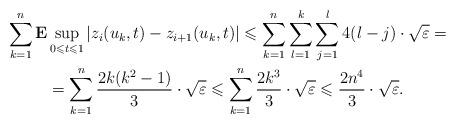
LaTeX: \begin{gather*}\sum_{k=1}^n {\bf E} \sup_{0\leqslant t\leqslant 1} \left|z_i(u_k,t)-z_{i+1}(u_k,t)\right|\leqslant \sum_{k=1}^n \sum_{l=1}^k \sum_{j=1}^l 4(l-j) \cdot \sqrt{\varepsilon}=\\=\sum_{k=1}^n \dfrac{2k(k^2-1)}{3} \cdot \sqrt{\varepsilon}\leqslant \sum_{k=1}^n \dfrac{2k^3}{3} \cdot \sqrt{\varepsilon}\leqslant \dfrac{2n^4}{3} \cdot \sqrt{\varepsilon}.\end{gather*}